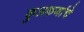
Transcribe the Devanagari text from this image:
कुलकर्णाचे